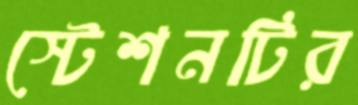
স্টেশনটির